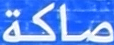
صاكة